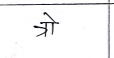
मजकूर: त्रो